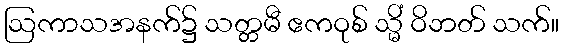
ဩကာသအနက်၌ သတ္တမီ ဧကဝုစ် သ္မိံ ဝိဘတ် သက်။